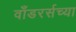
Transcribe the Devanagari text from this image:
वाँडरर्सच्या